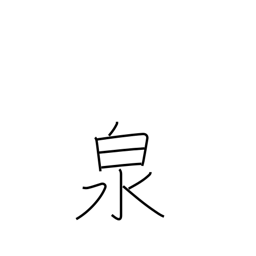
Meaning: fountain